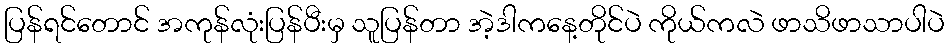
ပြန်ရင်တောင် အကုန်လုံးပြန်ပီးမှ သူပြန်တာ အဲ့ဒါကနေ့တိုင်ပဲ ကိုယ်ကလဲ ဖာသိဖာသာပါပဲ